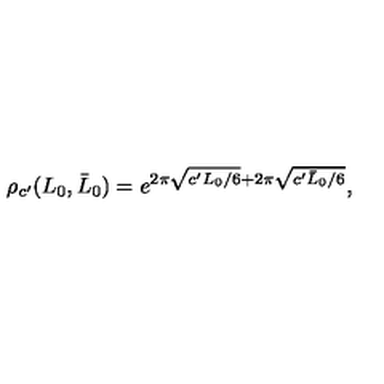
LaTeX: \rho _ { c ^ { \prime } } ( L _ { 0 } , \bar { L } _ { 0 } ) = e ^ { 2 \pi \sqrt { c ^ { \prime } L _ { 0 } / 6 } + 2 \pi \sqrt { c ^ { \prime } \bar { L } _ { 0 } / 6 } } ,